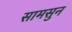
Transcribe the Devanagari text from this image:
सामसुन